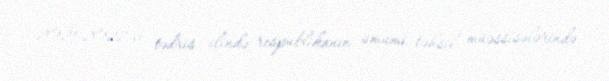
2021-2022-ci tədris ilində respublikanın ümumi təhsil müəssisələrində